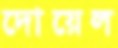
দোয়েল